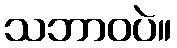
သဘာဝပဲ။